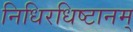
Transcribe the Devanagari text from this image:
निधिरधिष्टानम्